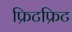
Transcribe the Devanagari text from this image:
फ्रिटफ्रिट